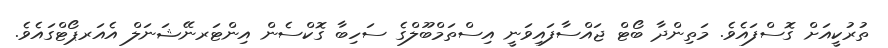
ތުރުކީއަށް ގޮސްފައެވެ. މަތިންދާ ބޯޓް ޖައްސާފައިވަނީ އިސްތަމްބޫލްގެ ސަހިބާ ގޮކްސެން އިންޓަރނޭޝަނަލް އެއަރޕޯޓްގައެވެ.